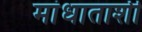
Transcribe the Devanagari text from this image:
मांधाताशी